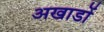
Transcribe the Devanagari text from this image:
अखाडों